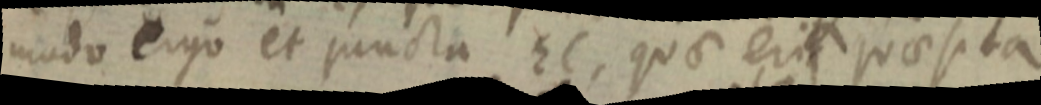
modo ergo et puncta EC, quae erit quaesita